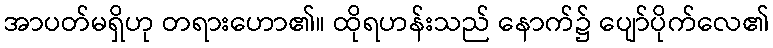
အာပတ်မရှိဟု တရားဟော၏။ ထိုရဟန်းသည် နောက်၌ ပျော်ပိုက်လေ၏